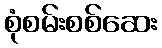
စုံစမ်းစစ်ဆေး